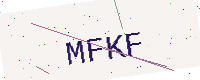
Text: MFKF